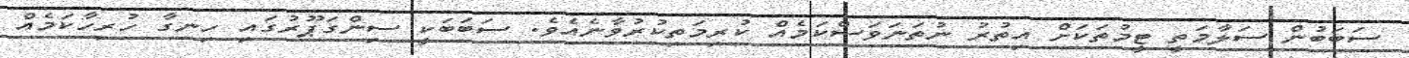
ސަބަބުން ސަލާމަތީ ޓީމުތަކަށް އިތުރު ނުތަނަވަސްކަމެއް ކުރިމަތިކުރުވާނެއެވެ. ސަބަބަކީ ސިންގަޕޫރުގައި ހިނގާ ހުރިހާކަމެއް